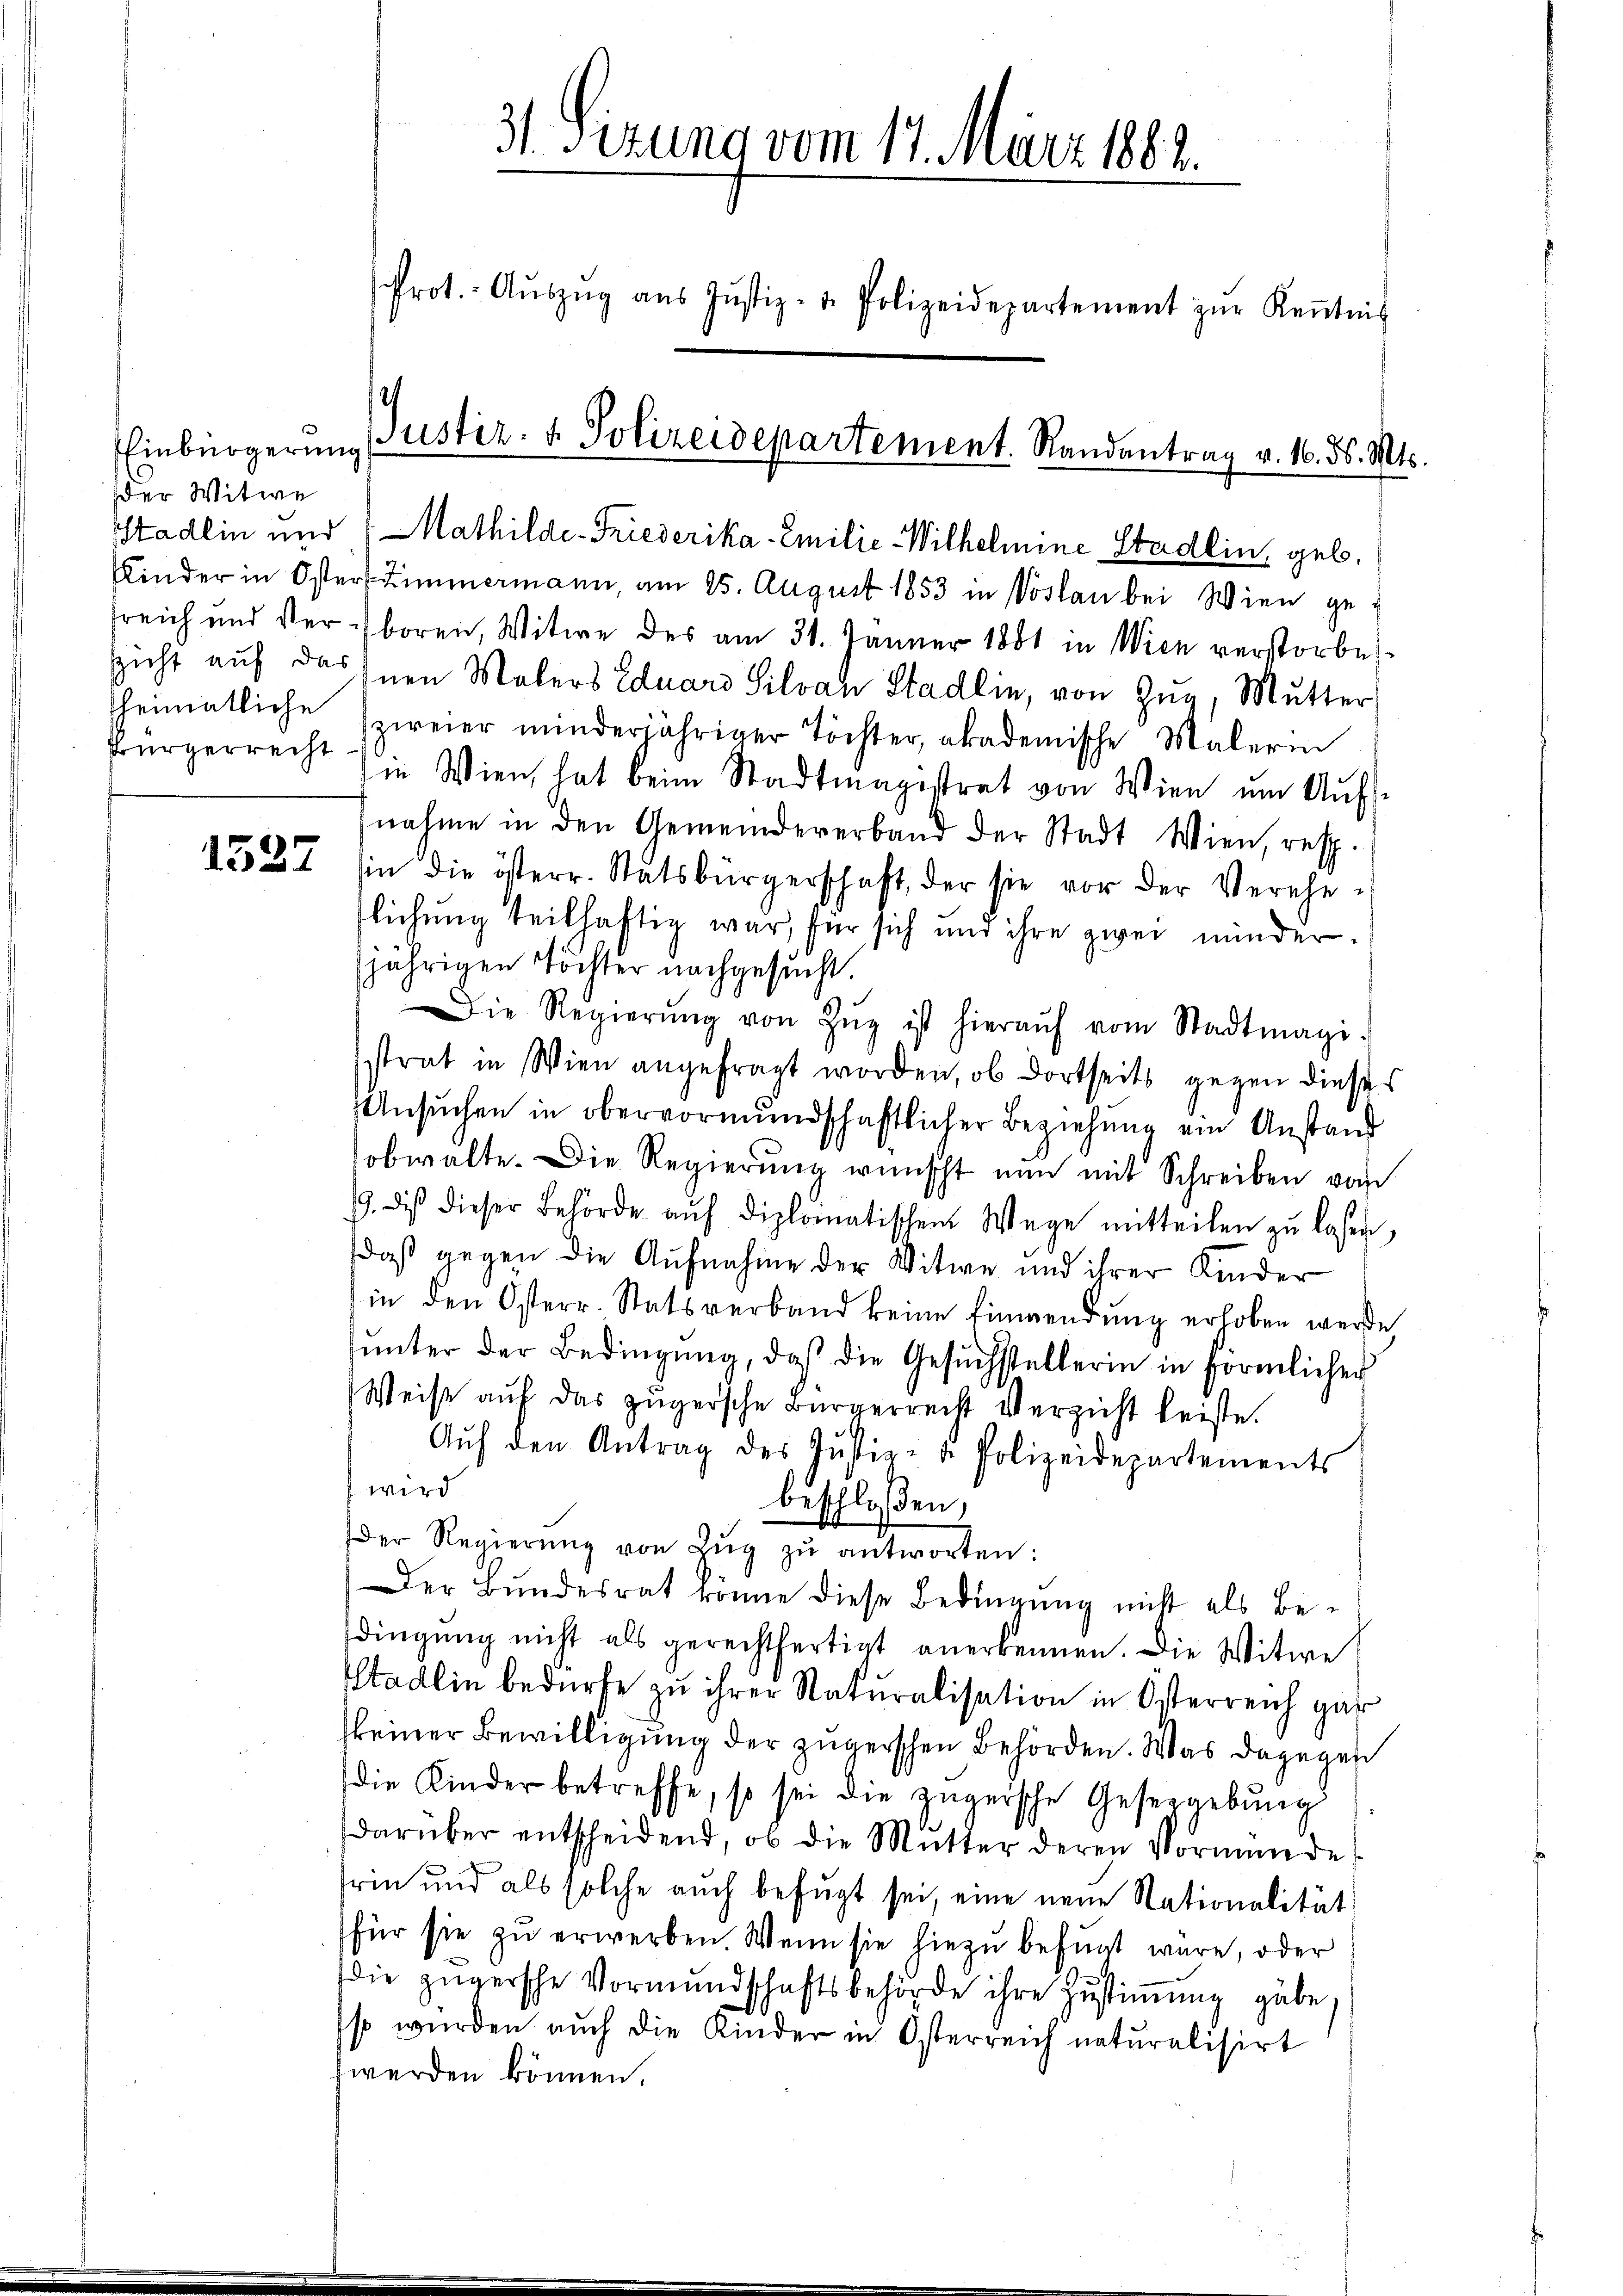
Einbürgerung
der Witwe
Bürgerrecht

1527

31. Sizung vom 17. März 1882.
Prot.- Aŭszŭg aŭs Jŭstiz- u. Polizeidepartement zŭr Keṅtnis

e
Justiz- & Polizeidepartement. Randantrag v. 16. d. Mts.

Stadlin und Mathilde-Friederika-Emilie-Wilhelmine Stadlin geb.
Kinder in Öster Zimmermann, am 25. August 1853 in Voslan bei Wien gereich und Verboren, Witwe des am 31. Jänner 1881 in Wien verstorbe
sicht auf das Inen Malers Eduard Silvan Stadlin, von Zug, Mutter
heimatliche (zweier minderjähriger Töchter akademische Malerin
in Wien hat beim Stadtmagistrat von Wien um Aufnahme in den Gemeindererband der Stadt Wien, resp.
sin die österr. Statsbürgerschaft, der sie vor der Verehe
flichung teilhaftig war, für sich und ihre zwei minder
jährigen Töchter nachgesucht.
Die Regierŭng von Zŭg ist hieraŭf vom Stadtmagi-
sstrat in Wien angefragt worden, ob dortseits gegen dieses
Ansuchen in obervormundschaftlicher Beziehung ein Anstand
obwalte. Die Regierŭng wünscht nun mit Schreiben von
3. des dieser Behörde aŭf diplomatischen Wege mitteilen zŭ lassen,
daß gegen die Aufnahme der Witwe und ihrer Kinder
(in den Osterr. Statsverband keine Einwendung erhoben werde
ŭnter der Bedingŭng, daβ die Gesŭchstellerin in förmlicher
Weise auf das zugersche Bürgerrecht Verzicht leiste.
Aŭf den Antrag des Jŭstiz- u. Polizeidepartements
wird
beschloßen,
Der Regierŭng von Zŭg zŭ antworten:
Der Bundesrat könne diese Bedingung nicht als Bedingŭng nicht als gerechtfertigt anerkennen. Die Witwe
Stadlin bedürfe zu ihrer Naturalisation in Osterreich gar
keiner Bewilligung der zugerschen Behörden. Was dagegen
die Kinder betreffe, so sei die zŭgeische Gesetzgebung
darüber entscheidend, ob die Mutter deren Vormunde
rie und als solche auch befugt sei, eine neue Nationalität
für sie zu erwerben. Wenn sie hiezu befunt wäre, oder
die Zügersche Vormundschaftsbehörde ihre Zŭstiṁŭng gäbe.
so würden auch die Kinder in Österreich naturalisirt
werden können.